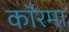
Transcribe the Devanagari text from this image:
कॉरमा